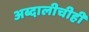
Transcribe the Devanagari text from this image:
अब्दालीचीही